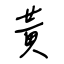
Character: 黃